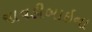
ચાવડીબાઇના